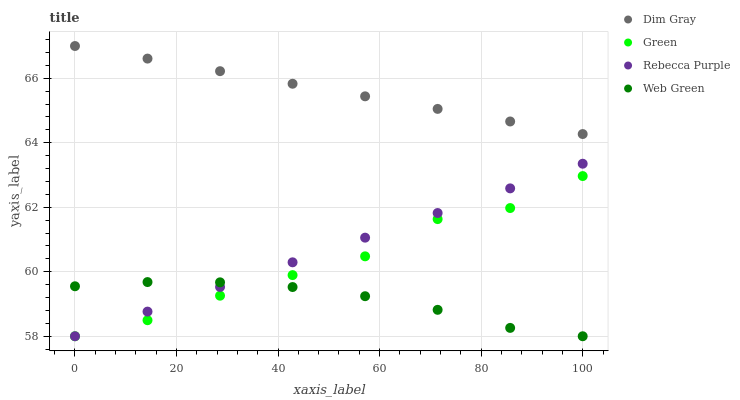
| xaxis_label | Dim Gray | Green | Rebecca Purple | Web Green |
 | --- | --- | --- | --- | --- |
 | 0 | 67 | 58 | 58 | 59.6 |
 | 14.3 | 66.6 | 58.5 | 58.8 | 59.7 |
 | 28.6 | 66.2 | 59.3 | 59.5 | 59.7 |
 | 42.9 | 65.8 | 59.9 | 60.3 | 59.5 |
 | 57.1 | 65.4 | 60.5 | 61.1 | 59.2 |
 | 71.4 | 65.1 | 61.6 | 61.8 | 58.8 |
 | 85.7 | 64.7 | 62 | 62.6 | 58.3 |
 | 100 | 64.3 | 63 | 63.3 | 58 |